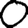
Digit: 0